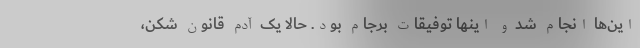
این‌ها انجام شد و اینها توفیقات برجام بود. حالا یک آدم قانون شکن،